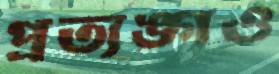
প্রত্যঙ্গও